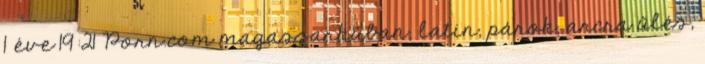
1 éve 19:21 Porn.com magassarkúban, latin, párok, arcra űlés,